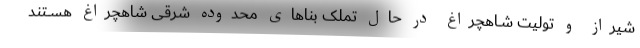
شیراز و تولیت شــاهچراغ در حال تملک بناهای محدوده شرقی شاهچراغ هســتند